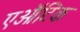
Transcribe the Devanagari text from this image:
एऑटिक